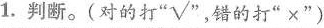
1.判断。(对的打”√”，错的打”×”)